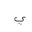
Letter: _ya